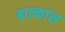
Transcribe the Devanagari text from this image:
बाल्कांस